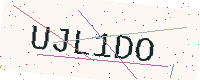
Text: UJL1DO